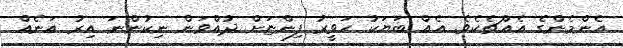
އެންމެންގެ އެއްޗެކެވެ. އެއް ބަޔަކު ހަވީރު ފިންޏަށް ދުއްވަން ނިކުންނަ އިރު އަނެއް